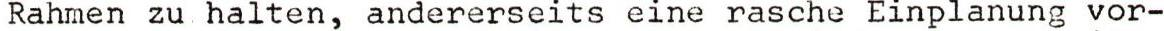
Rahmen zu halten, andererseits eine rasche Einplanung vor-